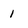
Character: 1